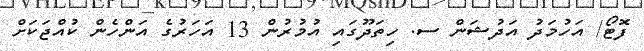
ފޮޓޯ/ އަހުމަދު އަދުޝަން ސ. ހިތަދޫގައި އުމުރުން 13 އަހަރުގެ އަންހެން ކުއްޖަކަށް